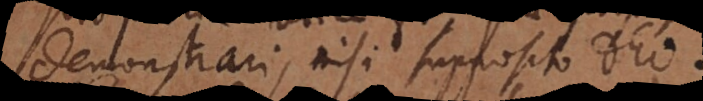
demonstrari, nisi supposito Deo.